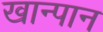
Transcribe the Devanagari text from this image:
खान्पान